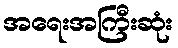
အရေးအကြီးဆုံး